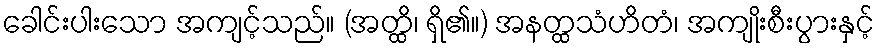
ခေါင်းပါးသော အကျင့်သည်။ (အတ္ထိ၊ ရှိ၏။) အနတ္ထသံဟိတံ၊ အကျိုးစီးပွားနှင့်